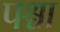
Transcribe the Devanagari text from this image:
पश्चा